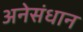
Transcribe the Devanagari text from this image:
अनेसंधान